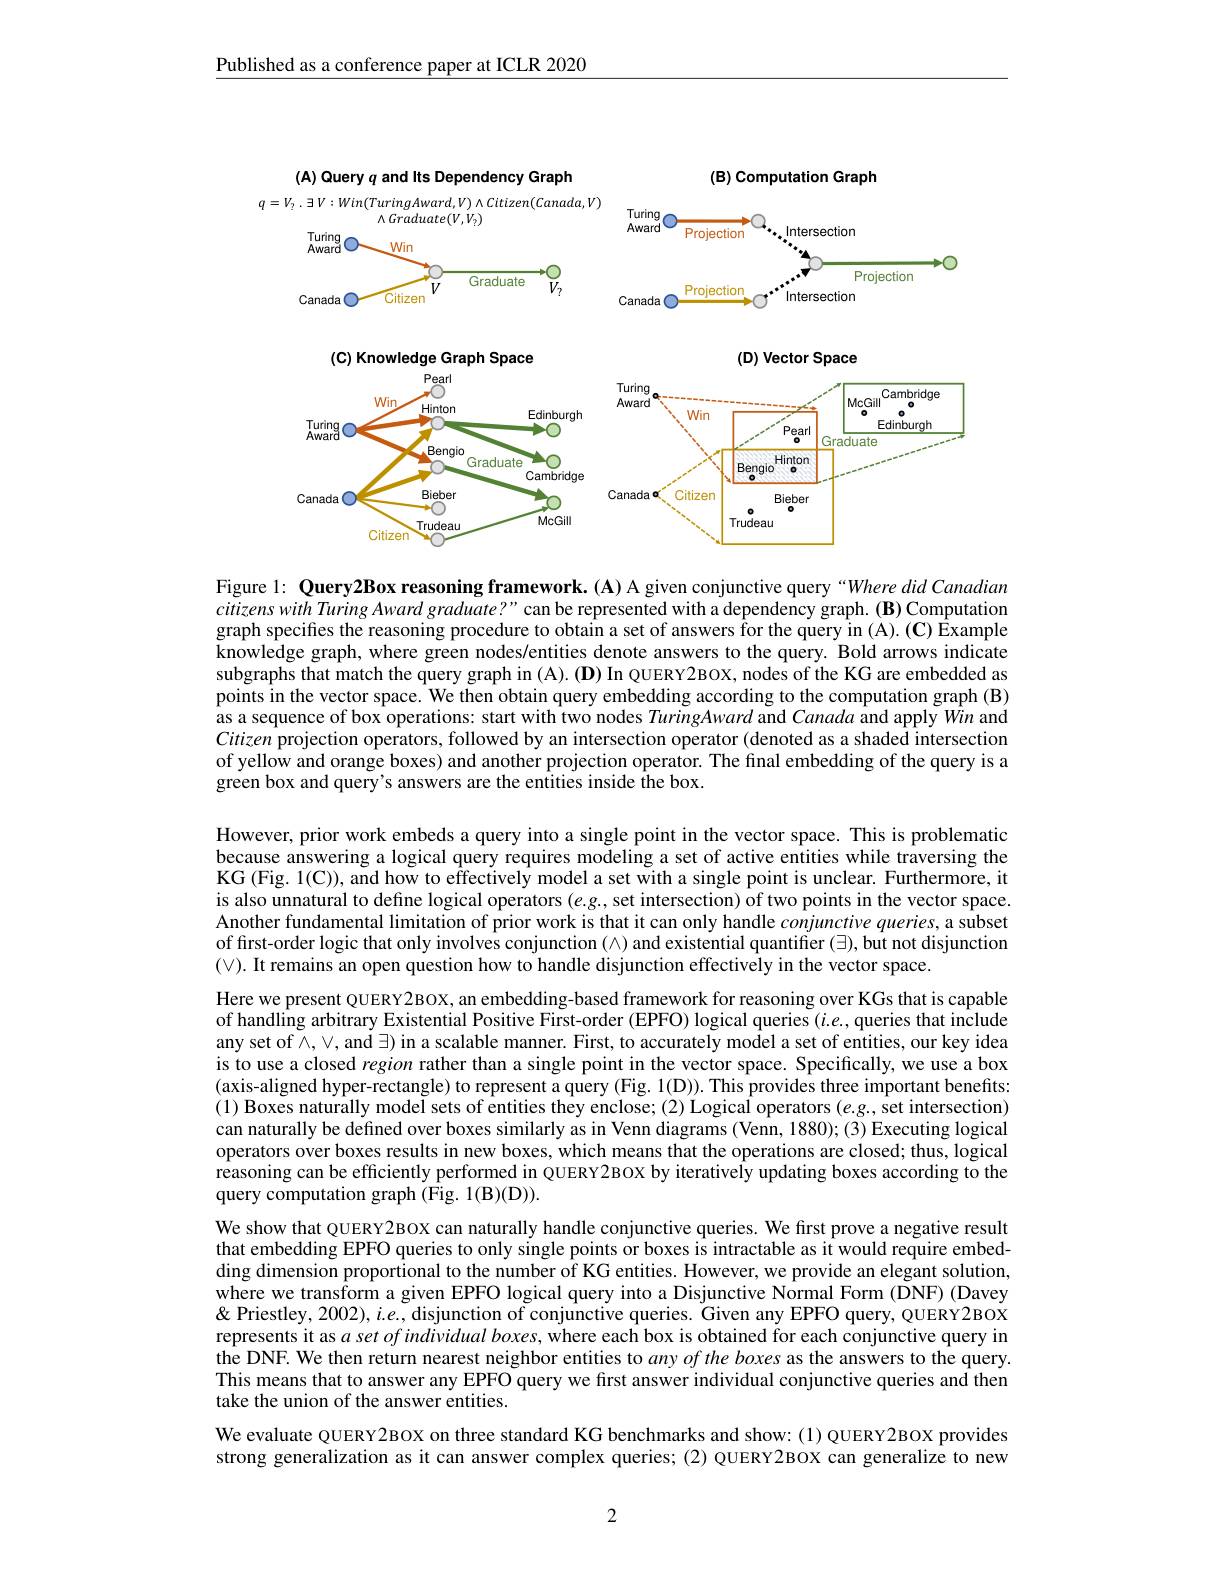
Published as a conference paper at ICLR 2020

<FigureHere>

Figure l: Query2Box reasoning framework. (A) A given conjunctive query “Where did Canadian citizenswith Turing Award graduate?" can be represented with a dependency graph. (B) Computation graph specifies the reasoning procedure to obtain a set of answers for the query in (A). (C) Êxample knowledge graph, where green nodes/entities denote answers to the query. Bold arrows indicate subgraphs that match the query graph in (A). (D) In QUERY2BOX, nodes of the KG are embedded as points in the vector space. We then obtain query embedding according to the computation graph (B) $\hat{\text{as a sequence of box operations: start with two nodes TuringAward and Canada and apply Win and}}$ Citizen projection operators, followed by an intersection operator (denoted as a shaded intersection of yellow and orange boxes) and another projection operator. The final embedding of the query is a green box and query's answers are the entities inside the box.

However, prior work embeds a query into a single point in the vector space. This is problematic because answering a logical query requires modeling a set of active entities while traversing the KG (Fig. 1(C)), and how to effectively model a set with a single point is unclear. Furthermore, it is also unnatural to define logical operators $(e.g.$, set intersection) of two points in the vector space. Another fundamental limitation of prior work is that it can only handle $co\hat{n}junctive$ queries, a subset of first-order logic that only involves conjunction (∧) and existential quantifier (∃), but not disjunction $(\vee).$ It remains an open question how to handle disjunction effectively in the vector space.

Here we present QUERY2BOX, an embedding-based framework for reasoning over KGs that is capable of handling arbitrary Existential Positive First-order (EPFO) logical queries $(i.e.$,queries that include any set of $\bar{\wedge},\vee,\operatorname{and}\exists)$ in a scalable manner. First, to accurately model a set of entities, our key idea is to use a closed region rather than a single point in the vector space. Specifically, we use a box (axis-aligned hyper-rectangle) to represent a query (Fig. 1(D)). This provides three important benefits: (1) Boxes naturally model sets of entities they enclose; (2) Logical operators (e.g., set intersection) can naturally be defined over boxes similarly as in Venn diagrams (Venn, 1880); (3) Executing logical operators over boxes results in new boxes, which means that the operations are closed; thus, logical reasoning can be efficiently performed in QUERY2BOX by iterativeÎy updating boxes according to the query computation graph (Fig. 1(B)(D)).
We show that QUERY2BOX can naturally handle conjunctive queries. We first prove a negative result that embedding EPFO queries to only single points or boxes is intractable as it would require embedding dimension proportional to the number of KG entities. However, we provide an elegant solution, where we transform a given EPFO logical query into a Disjunctive Normal Form (DNF) (Davey & 'estley, 2002), i.e., disjunction of conjunctive queries. Given any EPFO query, QUERY2BOX represents it as $a\textit{set ofindividual boxes, where each box is obtained for each conjunctive query in}$ the DNF. We then return nearest neighbor entities to $any\textit{ofthe boxes as the answers to the query. }$ This means that to answer any EPFO query we first answer individual conjunctive queries and then take the union of the answer entities.
We evaluate QUERY2BOX on three standard KG benchmarks and show: (1) QUERY2BOX provides strong generalization as it can answer complex queries; (2) QUERY2BOX can generalize to new

2